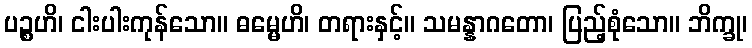
ပဉ္စဟိ၊ ငါးပါးကုန်သော။ ဓမ္မေဟိ၊ တရားနှင့်။ သမန္နာဂတော၊ ပြည့်စုံသော။ ဘိက္ခု၊